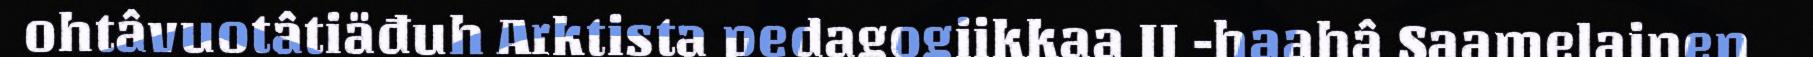
ohtâvuotâtiäđuh Arktista pedagogiikkaa II -haahâ Saamelainen